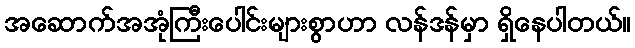
အဆောက်အအုံကြီးပေါင်းများစွာဟာ လန်ဒန်မှာ ရှိနေပါတယ်။